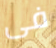
فى